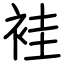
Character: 袿